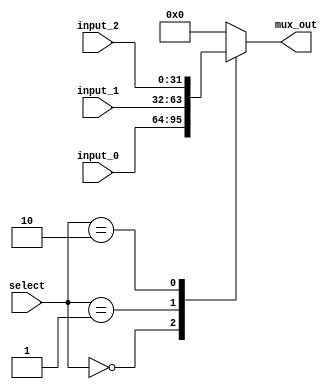
module mux_3 
  #(
   parameter integer DATA_W = 32
   )(
      input  wire [DATA_W-1:0] input_0,
      input  wire [DATA_W-1:0] input_1,
      input  wire [DATA_W-1:0] input_2,

      input  wire[1:0]        select,
      output reg  [DATA_W-1:0] mux_out
   );

   always@(*)begin
      case(select)
         2'b00:begin
            mux_out = input_0;
         end
 
         2'b01:begin
            mux_out = input_1;
         end
         
         2'b10:begin
            mux_out = input_2;
         end
         default:begin
            mux_out = 0;
         end
      endcase
   end
endmodule